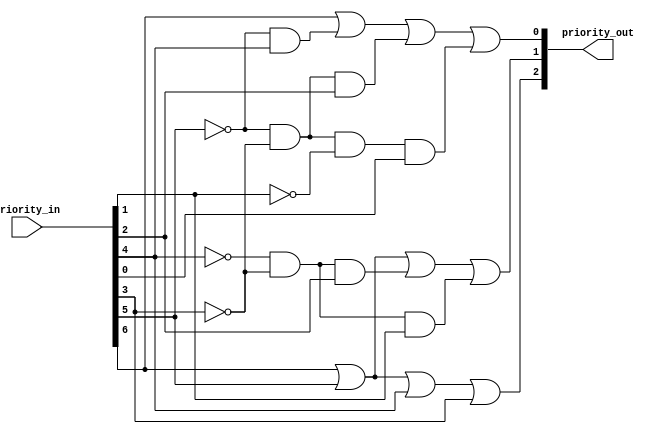
`timescale 1ns / 1ps
//////////////////////////////////////////////////////////////////////////////////
// Company: 
// 
// Design Name: 
// Module Name: 7_3_priority_encoder
// Project Name: 
// Target Devices: 
// Tool Versions: 
// Description: 
// 
// Dependencies: 
// 
// Revision:
// Revision 0.01 - File Created
// Additional Comments:
// 
//////////////////////////////////////////////////////////////////////////////////


module priority_encoder_7_3(
    input [6:0] priority_in,
    output [2:0] priority_out
    );
    
    assign priority_out[2] = priority_in[6] | priority_in[5] | priority_in[4] | priority_in[3];
    assign priority_out[1] = priority_in[6] | priority_in[5] | (~priority_in[4] & ~priority_in[3] & priority_in[2]) | (~priority_in[4] & ~priority_in[3] & priority_in[1]);
    assign priority_out[0] = priority_in[6] | (~priority_in[5] & priority_in[4]) | (~priority_in[5] & ~priority_in[3] & priority_in[2]) | (~priority_in[5] & ~priority_in[3] & ~priority_in[1] & priority_in[0]);
    
endmodule